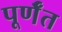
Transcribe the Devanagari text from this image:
पूर्णँत